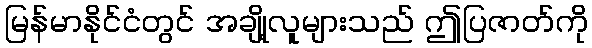
မြန်မာနိုင်ငံတွင် အချို့လူများသည် ဤပြဇာတ်ကို